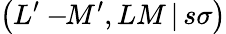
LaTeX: \left(L^{\prime}-\! \! M^{\prime},LM\, |\, s\sigma\right)